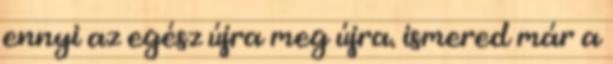
ennyi az egész újra meg újra. ismered már a